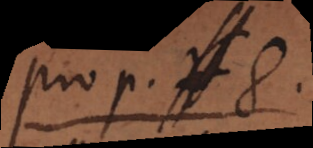
prop. 8.